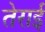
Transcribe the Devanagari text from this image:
तेराई